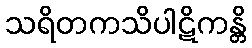
သရိတကသိပါဋိကန္တိ